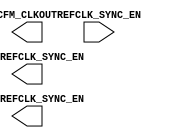
`timescale 1 ns/100 ps
// Version: 


module CRN_COMMON(
       REFCLK_SYNC_EN,
       CFM_CLKOUT,
       PLL0_REFCLK_SYNC_EN,
       PLL1_REFCLK_SYNC_EN
    )
/* synthesis black_box

*/
/* synthesis black_box black_box_pad ="" */
 ;
input  REFCLK_SYNC_EN;
output CFM_CLKOUT;
output PLL0_REFCLK_SYNC_EN;
output PLL1_REFCLK_SYNC_EN;
parameter PC_CIMUX_GEN0_SEL = 'h0;
parameter PC_CIMUX_GEN1_SEL = 'h0;
parameter PC_CIMUX_GEN2_SEL = 'h0;
parameter PC_CIMUX_GEN3_SEL = 'h0;
parameter PC_CIMUX_GEN4_SEL = 'h0;
parameter PC_CIMUX_GEN5_SEL = 'h0;
parameter PC_CIMUX_REF0_SEL = 'h0;
parameter PC_CIMUX_REF1_SEL = 'h0;
parameter PC_CIMUX_REF2_SEL = 'h0;
parameter PC_CIMUX_REF3_SEL = 'h0;
parameter PC_CIMUX_REF4_SEL = 'h0;
parameter PC_CIMUX_REF5_SEL = 'h0;
parameter PC_CIMUX_REF6_SEL = 'h0;
parameter PC_CIMUX_REF7_SEL = 'h0;
parameter PC_CIMUX_REF8_SEL = 'h0;
parameter PC_CIMUX_REF9_SEL = 'h0;
parameter PC_CDMUX6_SEL = 'h0;
parameter PC_COMUX0_SEL = 'h0;
parameter PC_COMUX1_SEL = 'h0;
parameter PC_COMUX2_SEL = 'h0;
parameter PC_COMUX3_SEL = 'h0;
parameter PC_COMUX4_SEL = 'h0;
parameter PC_COMUX5_SEL = 'h0;
parameter PC_COMUX6_SEL = 'h0;
parameter PC_COMUX7_SEL = 'h0;
parameter PC_SRMUX0_SEL = 'h0;
parameter PC_SRMUX1_SEL = 'h0;
parameter PC_CRNFDR_HORZ_EN = 'h0;
parameter PC_CRNFR_VERT_EN = 'h0;
parameter PC_SOFTRESET = 'h0;
parameter PC_DYN_EN = 'h0;

endmodule